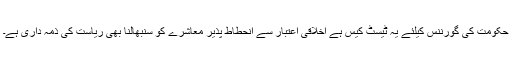
حکومت کی گورننس کیلئے یہ ٹیسٹ کیس ہے اخلاقی اعتبار سے انحطاط پذیر معاشرے کو سنبھالنا بھی ریاست کی ذمہ داری ہے۔